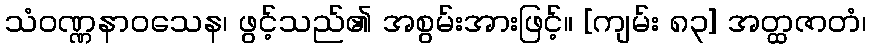
သံဝဏ္ဏနာဝသေန၊ ဖွင့်သည်၏ အစွမ်းအားဖြင့်။ [ကျမ်း ၈၃] အတ္ထဇာတံ၊